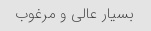
بسیار عالی و مرغوب